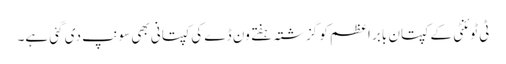
‏ ٹی ٹوئنٹی کے کپتان بابر اعظم کو گزشتہ ہفتے ون ڈے کی کپتانی بھی سونپ دی گئی ہے۔